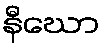
နီဃော